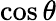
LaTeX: \cos\theta